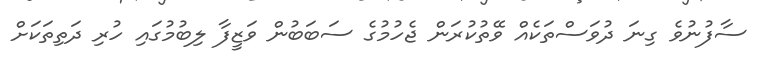
ސާފުނުވެ ގިނަ ދުވަސްތަކެއް ވޭތުކުރަން ޖެހުމުގެ ސަބަބުން ވަޒީފާ ލިބުމުގައި ހުރި ދަތިތަކަށް